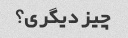
چیز دیگری؟